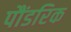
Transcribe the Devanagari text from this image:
पौंडरिक